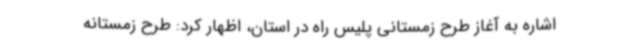
اشاره به آغاز طرح زمستانی پلیس راه در استان، اظهار کرد: طرح زمستانه